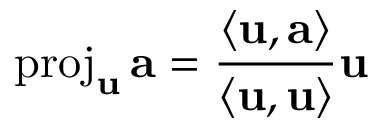
\operatorname { p r o j } _ { \mathbf { u } } \mathbf { a } = { \frac { \left\langle \mathbf { u } , \mathbf { a } \right\rangle } { \left\langle \mathbf { u } , \mathbf { u } \right\rangle } } { \mathbf { u } }